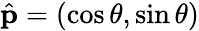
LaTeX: \hat{\mathbf p}=(\cos\theta,\sin\theta)